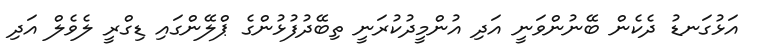
އަޅުގަނޑު ދެކެން ބޭނުންވަނީ އަދި އުންމީދުކުރަނީ ތިބޭދުފުޅުންގެ ޕްލޭންގައި ޑިގްރީ ލެވެލް އަދި